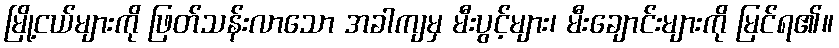
မြို့ငယ်များကို ဖြတ်သန်းလာသော အခါကျမှ မီးပွင့်များ၊ မီးချောင်းများကို မြင်ရ၏။